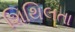
શિથિલતા